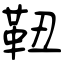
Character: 靵